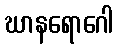
ဃာနရောဂေါ